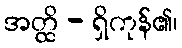
အတ္ထိ - ရှိကုန်၏၊